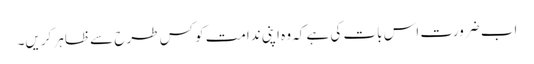
اب ضرورت اس بات کی ہے کہ وہ اپنی ندامت کو کس طرح سے ظاہر کریں۔